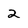
Character: 2